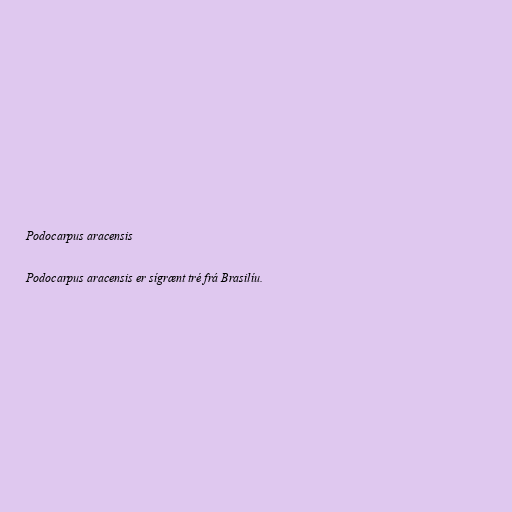
Podocarpus aracensis

Podocarpus aracensis er sígrænt tré frá Brasilíu.